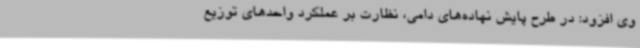
وی افزود: در طرح پایش نهاده‌های دامی، نظارت بر عملکرد واحدهای توزیع